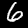
Label: 6